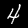
Label: 4